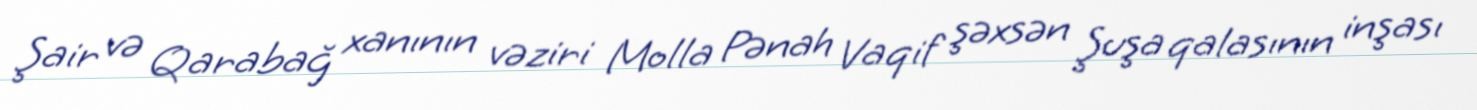
Şair və Qarabağ xanının vəziri Molla Pənah Vaqif şəxsən Şuşa qalasının inşası